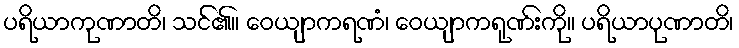
ပရိယာကုဏာတိ၊ သင်၏။ ဝေယျာကရဏံ၊ ဝေယျာကရုဏ်းကို။ ပရိယာပုဏာတိ၊